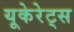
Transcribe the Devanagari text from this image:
यूकेरेट्स